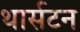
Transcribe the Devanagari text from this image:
थार्सटन